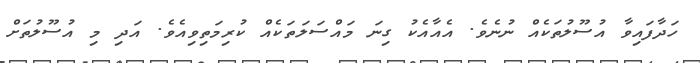
ހަދާފައިވާ އުސޫލުތަކެއް ނުނެވެ. އެއާއެކު ގިނަ މައްސަލަތަކެއް ކުރިމަތިވިއެވެ. އަދި މި އުސޫލުތަށް